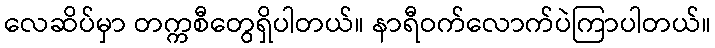
လေဆိပ်မှာ တက္ကစီတွေရှိပါတယ်။ နာရီဝက်လောက်ပဲကြာပါတယ်။